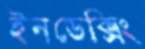
ইনডেক্সিং